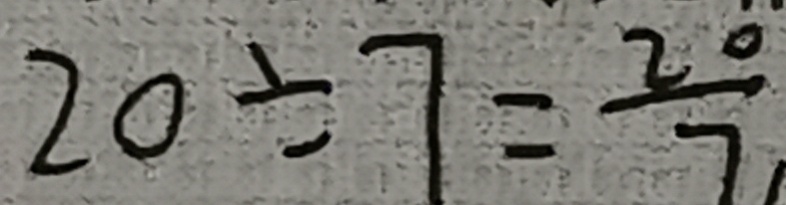
2 0 \div 7 = \frac { 2 0 } { 7 }